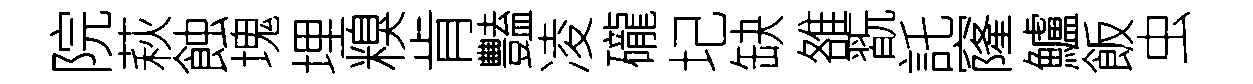
院萩蝕塊埋糗肯豔凌礲圮缺雒翫託窿鱸飯虫